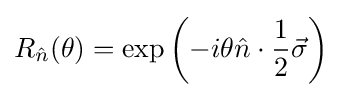
R_{\hat {n}}(\theta )=\exp \left(-i\theta {\hat {n}}\cdot {\frac {1}{2}}{\vec {\sigma }}\right)